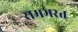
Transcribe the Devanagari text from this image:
रामभरत